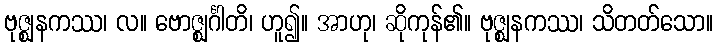
ဗုဇ္ဈနကဿ၊ လ။ ဗောဇ္ဈင်္ဂါတိ၊ ဟူ၍။ အာဟု၊ ဆိုကုန်၏။ ဗုဇ္ဈနကဿ၊ သိတတ်သော။